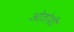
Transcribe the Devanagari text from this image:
ओतोशी